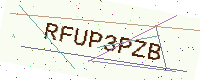
Text: RFUP3PZB